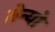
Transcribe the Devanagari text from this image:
तेन्यो